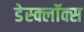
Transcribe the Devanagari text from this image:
डेस्क्लॉक्स